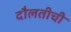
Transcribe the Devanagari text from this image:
दौलतीची